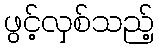
ဖွင့်လှစ်သည့်